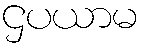
ဌပယာမ